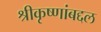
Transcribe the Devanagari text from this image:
श्रीकृष्णांबद्दल